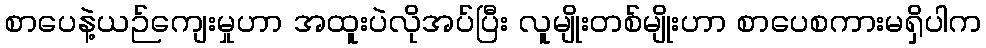
စာပေနဲ့ယဉ်ကျေးမှုဟာ အထူးပဲလိုအပ်ပြီး လူမျိုးတစ်မျိုးဟာ စာပေစကားမရှိပါက